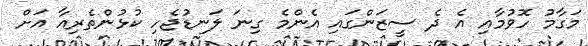
މަގާމު ހޮވުމާއި އެ ދެ ސީޒަންގައި އެންމެ ގިނަ ލަނޑުޖެހި ކުޅުންތެރިއާ އަށް